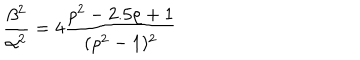
LaTeX: \frac { \beta ^ { 2 } } { \alpha ^ { 2 } } = 4 \frac { \rho ^ { 2 } - 2 . 5 \rho + 1 } { ( \rho ^ { 2 } - 1 ) ^ { 2 } }